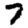
Digit: 7